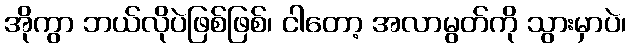
အိုကွာ ဘယ်လိုပဲဖြစ်ဖြစ်၊ ငါတော့ အလာမွတ်ကို သွားမှာပဲ၊